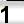
Digit: 1